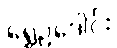
ရွှေဥဒေါင်း